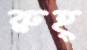
রুহ্